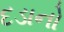
દડાનો